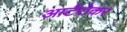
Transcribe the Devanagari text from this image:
आर्टरोकर